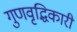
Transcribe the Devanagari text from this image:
गुणवृद्धिकारी